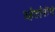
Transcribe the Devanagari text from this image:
व्हेटोरीने